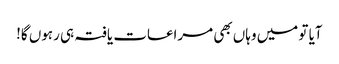
آیا تو میں وہاں بھی مراعات یافتہ ہی رہوں گا!